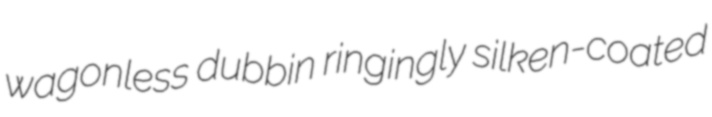
wagonless dubbin ringingly silken-coated